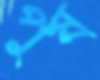
পুষ